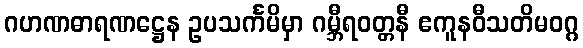
ဂဟဏဓာရဏဋ္ဌေန ဥပသင်္ကမိမှာ ဂမ္ဘီရဝတ္တနီ ဧကူနဝီသတိမဝဂ္ဂ